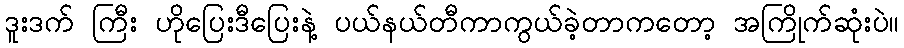
ဒူးဒက် ကြီး ဟိုပြေးဒီပြေးနဲ့ ပယ်နယ်တီကာကွယ်ခဲ့တာကတော့ အကြိုက်ဆုံးပဲ။